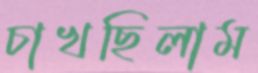
চাখছিলাম